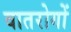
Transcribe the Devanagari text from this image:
वातरोगों